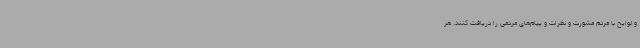
و لوایح با مردم مشورت و نظرات و پیام‌های مردمی را دریافت کنند. هر